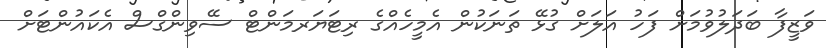
ވަޒީފާ ބަދަލުވުމަށް ފަހު އަލަށް ގުޅޭ ތަނަކުން އެމީހެއްގެ ރިޓަޔަރމަންޓް ސޭވިންގްސް އެކައުންޓަށް